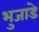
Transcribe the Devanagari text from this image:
भुजाडे